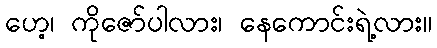
ဟေ့၊ ကိုဇော်ပါလား၊ နေကောင်းရဲ့လား။